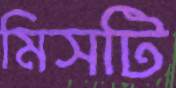
মিসটি